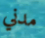
مدني